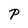
Character: P